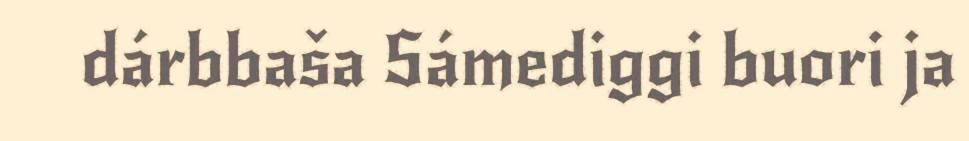
dárbbaša Sámediggi buori ja